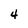
Character: 4